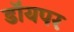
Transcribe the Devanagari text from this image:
डॉयपर